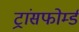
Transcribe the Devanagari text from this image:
ट्रांसफोर्म्ड